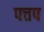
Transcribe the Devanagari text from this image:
पत्तप